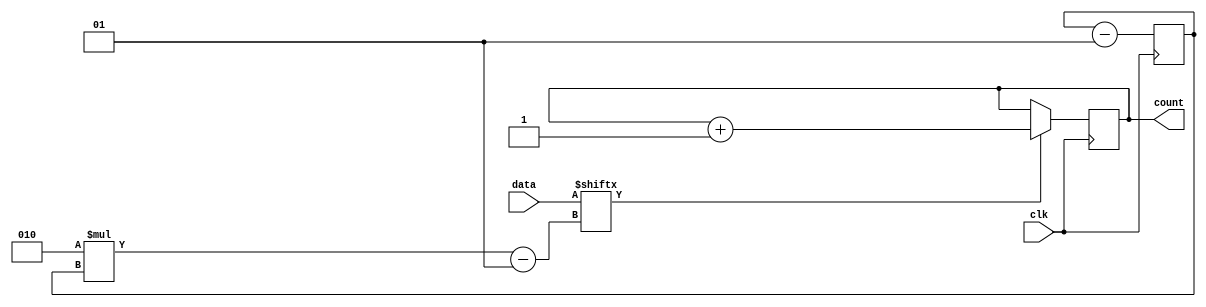
module odd(clk,count,data);
  input [31:0] data;
  input clk;
  output reg [4:0] count=0;
  integer i=16;
   always@(posedge clk)
    if (data[(2*i)-1])
      begin
        count <= count+1;
        i <=i-1;
      end
  else 
   i <= i-1;
endmodule